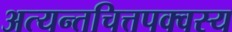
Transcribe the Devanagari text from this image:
अत्यन्तचित्तपक्वस्य